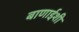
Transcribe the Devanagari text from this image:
बाणाईशी